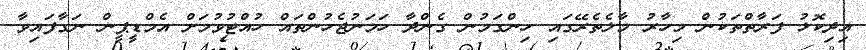
އިދިކޮޅު ފަރާތްތަކުން މިހާރު މާލެތެރޭގައި ހިންގަމުން ގެންދާ ހަމަނުޖެހުންތައް ހުއްޓުވުމަށް އެމްޑީޕީން ނަގާފައިވާ